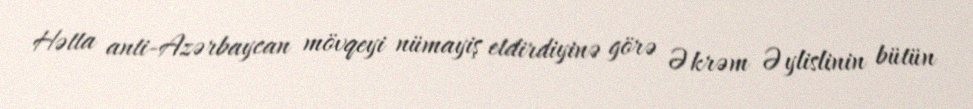
Hətta anti-Azərbaycan mövqeyi nümayiş etdirdiyinə görə Əkrəm Əylislinin bütün